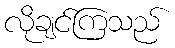
လိုချင်ကြသည်